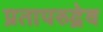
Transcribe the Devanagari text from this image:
प्रतापरुद्रेव